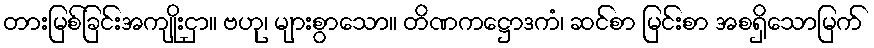
တားမြစ်ခြင်းအကျိုးငှာ။ ဗဟု၊ များစွာသော။ တိဏကဋ္ဌောဒကံ၊ ဆင်စာ မြင်းစာ အစရှိသောမြက်